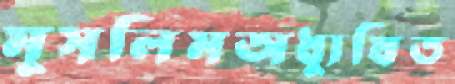
মুসলিমঅধ্যুষিত